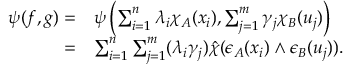
\begin{array} { r l } { \psi ( f , g ) = } & { \psi \left( \sum _ { i = 1 } ^ { n } \lambda _ { i } \chi _ { A } ( x _ { i } ) , \sum _ { j = 1 } ^ { m } \gamma _ { j } \chi _ { B } ( u _ { j } ) \right) } \\ { = } & { \sum _ { i = 1 } ^ { n } \sum _ { j = 1 } ^ { m } ( \lambda _ { i } \gamma _ { j } ) \hat { \chi } ( \epsilon _ { A } ( x _ { i } ) \wedge \epsilon _ { B } ( u _ { j } ) ) . } \end{array}